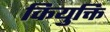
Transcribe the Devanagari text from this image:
कियुक्ति